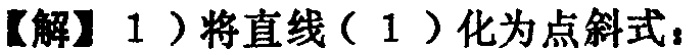
【解】1）将直线（1）化为点斜式：